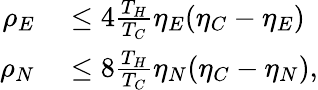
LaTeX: \begin{array}{rl}{\rho_{E}}&{{}\leq 4\frac{T_{H}}{T_{C}}\eta_{E}(\eta_{C}-\eta_{E})}\\ {\rho_{N}}&{{}\leq 8\frac{T_{H}}{T_{C}}\eta_{N}(\eta_{C}-\eta_{N}),}\end{array}